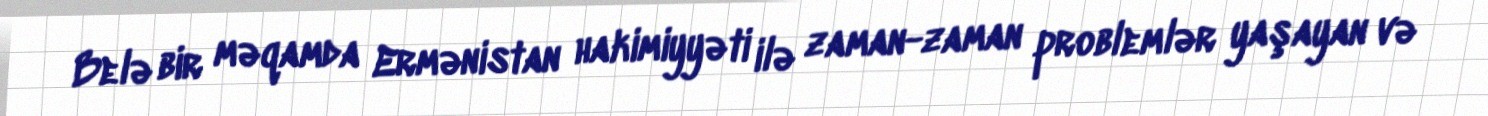
Belə bir məqamda Ermənistan hakimiyyəti ilə zaman-zaman problemlər yaşayan və